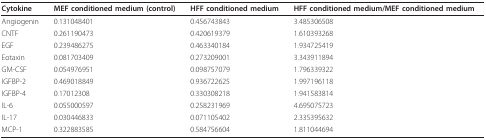
| Cytokine | MEF conditioned medium (control) | HFF conditioned medium | HFF conditioned medium/MEF conditioned medium |
 | --- | --- | --- | --- |
 | Angiogenin | 0.131048401 | 0.456743843 | 3.485306508 |
 | CNTF | 0.261190473 | 0.420619379 | 1.610393268 |
 | EGF | 0.239486275 | 0.463340184 | 1.934725419 |
 | Eotaxin | 0.081703409 | 0.273209001 | 3.343911894 |
 | GM-CSF | 0.054976951 | 0.098757079 | 1.796339322 |
 | IGFBP-2 | 0.469018849 | 0.936722625 | 1.997196118 |
 | IGFBP-4 | 0.17012308 | 0.330308218 | 1.941583814 |
 | IL-6 | 0.055000597 | 0.258231969 | 4.695075723 |
 | IL-17 | 0.030446833 | 0.071105402 | 2.335395632 |
 | MCP-1 | 0.322883585 | 0.584756604 | 1.811044694 |